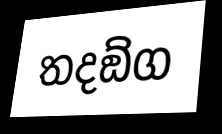
තදඞ්ග